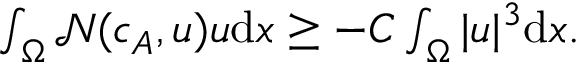
\begin{array} { r } { \int _ { \Omega } \mathcal { N } ( c _ { A } , u ) u \mathrm { d } x \geq - C \int _ { \Omega } | u | ^ { 3 } \mathrm { d } x . } \end{array}